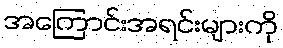
အကြောင်းအရင်းများကို